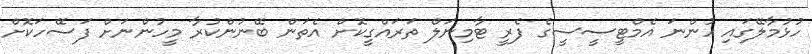
ހުޅުމާލޭގައި ހުންނަ އެމްޓީސީސީގެ ފެރީ ޓާމިނަލް ތަަރައްގީކޮށް އެތަން ބޭނުންކުރާ މީހުންނަށް ފަސޭހަކޮށް